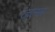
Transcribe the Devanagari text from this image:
रत्नत्सरू